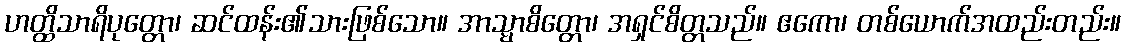
ဟတ္ထိသာရိပုတ္တော၊ ဆင်ထန်း၏သားဖြစ်သော။ အာသ္မာစိတ္တော၊ အရှင်စိတ္တသည်။ ဧကော၊ တစ်ယောက်အထည်းတည်း။